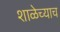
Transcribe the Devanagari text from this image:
शाळेच्याच